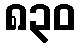
၈၃၀